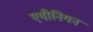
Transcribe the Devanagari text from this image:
एथीनियन